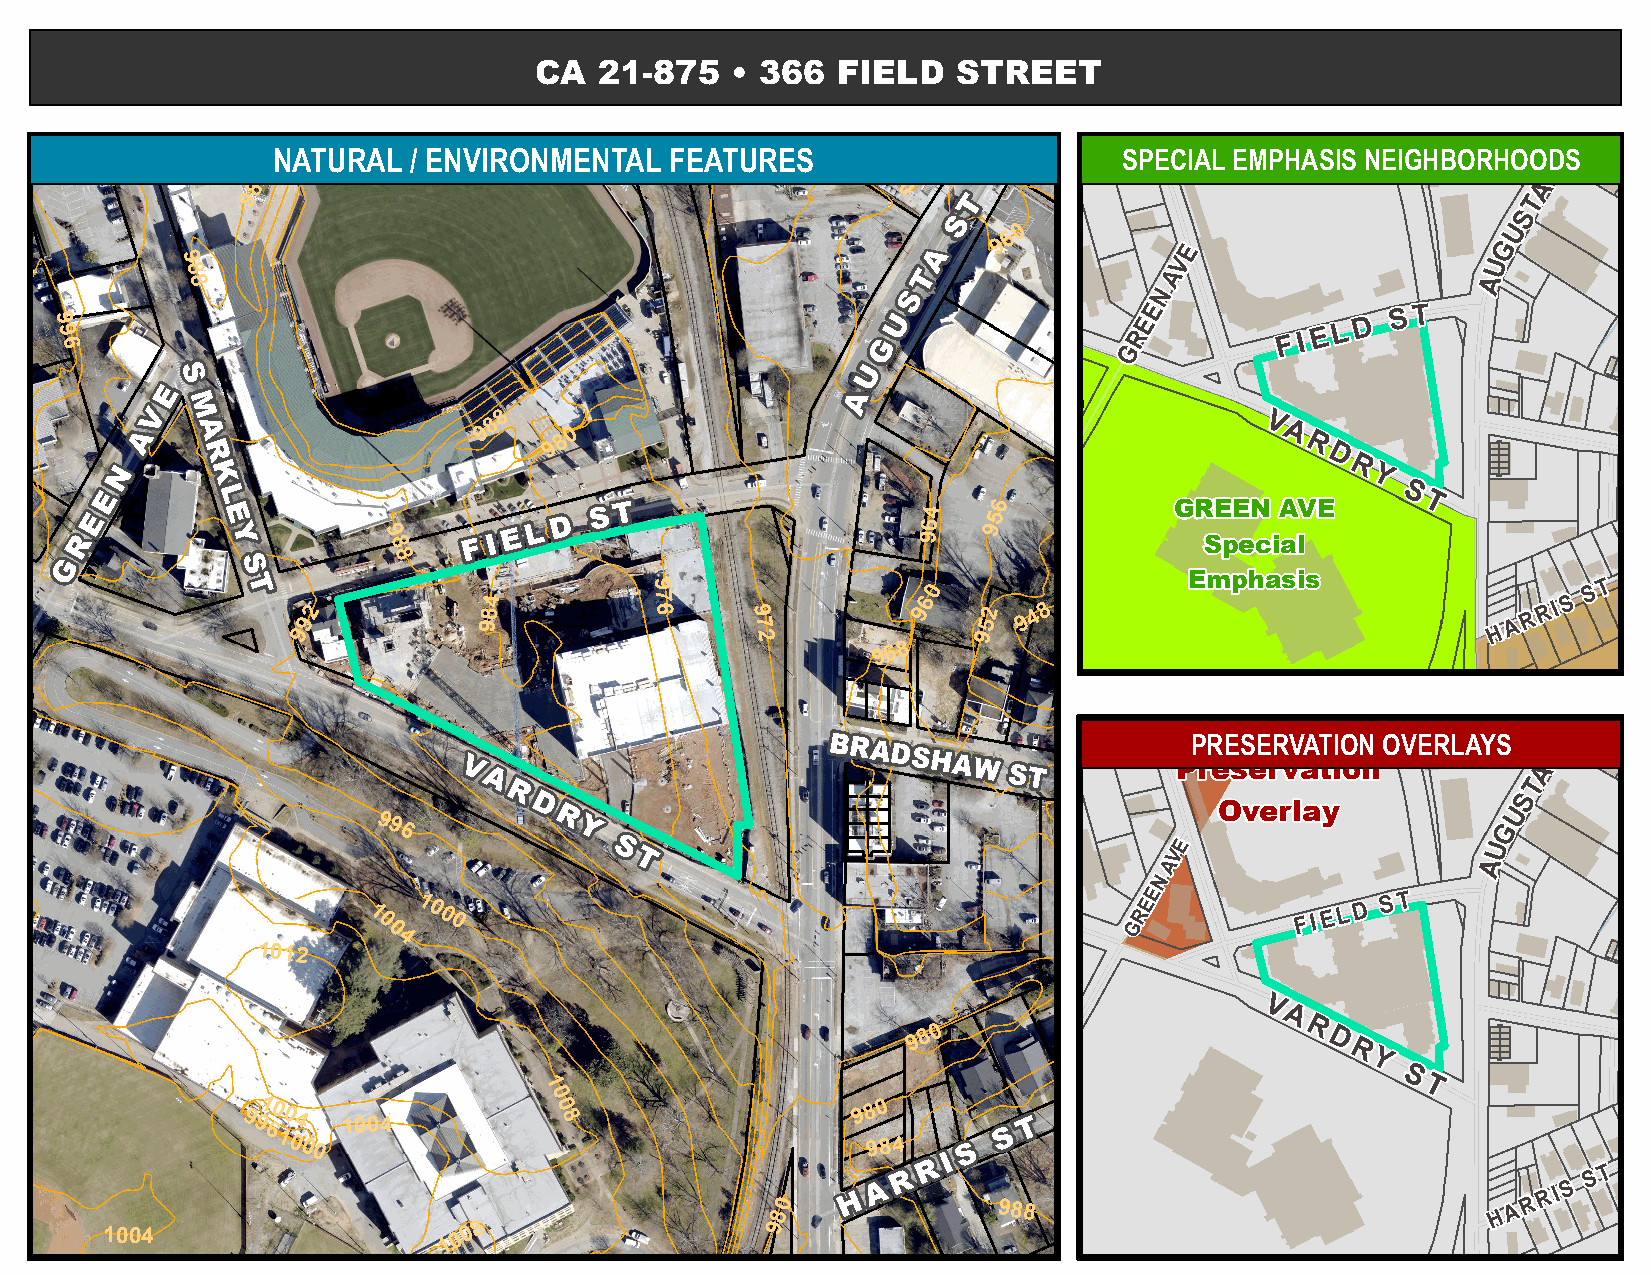
T
 NATURAL  / ENVIRONMENTAL  FEATURES                      SPECIAL EMPHASIS NEIGHBORHOODSS
 8                                        9
 8                                        6                                           A
 9                                          0                                         T
 S
 0                                U
 6
 9           E                    G
 9                                                                 V                    U
 8 8
 N
 A                    A
 9 9 6                                                                   GREE      F I E L D S T
 8
 98
 8 0
 V
 A
 9                                                 R
 D
 R
 Y
 S
 6                           T
 4    5
 6   9
 9                                   9
 8
 8
 4          9 7               60                                         S S T
 92          98         6     9 7         9   52 9 4 8                           A R R I
 9                             2              9                                 H
 9 6 8
 T
 PRESERVATION OVERLAYS   S
 A
 T
 S
 U
 996                                                                        G
 E                    U
 V
 A                    A
 N
 E
 1 0 1 0 0 0                                        GRE        F I E L D S T
 0
 4
 1012
 V
 A
 9 8 0                    R D
 R
 Y
 S
 1                                                         T
 0
 991 6004
 1004
 0
 8
 9 8 0
 1000                                   984
 S T
 S
 80             988
 H
 A R R I
 1004                   1 0 0 8              9